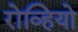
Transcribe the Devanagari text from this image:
रोव्हियो